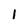
Character: l